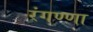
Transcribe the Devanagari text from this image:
रंगण्णा